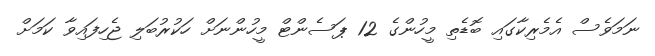
ނަމަވެސް އެމެރިކާގައި ބޮޑެތި މީހުންގެ 12 ޕަސެންޓް މީހުންނަށް ހަކުރުބަލި ޖެހިފައިވާ ކަމަށް